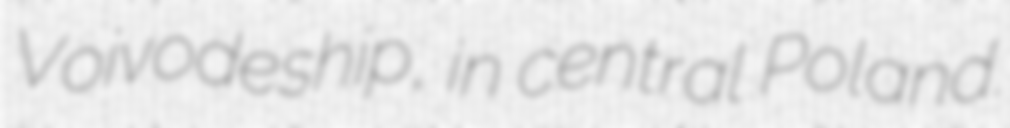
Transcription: Voivodeship, in central Poland.